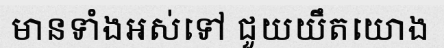
មានទាំងអស់ទៅ ជួយយឹតយោង